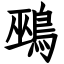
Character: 鵐